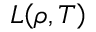
L \! \left( \rho , T \right)